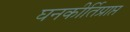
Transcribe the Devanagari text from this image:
घनकीर्तिप्राप्त